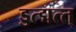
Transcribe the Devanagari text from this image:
ड्डत्द्मत्त्